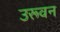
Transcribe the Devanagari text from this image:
उरूवन